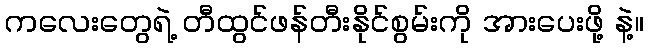
ကလေးတွေရဲ့ တီထွင်ဖန်တီးနိုင်စွမ်းကို အားပေးဖို့ နဲ့။